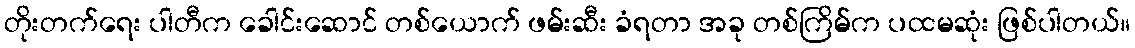
တိုးတက်ရေး ပါတီက ခေါင်းဆောင် တစ်ယောက် ဖမ်းဆီး ခံရတာ အခု တစ်ကြိမ်က ပထမဆုံး ဖြစ်ပါတယ်။